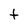
Character: t